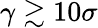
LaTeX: \gamma\gtrsim 10\sigma